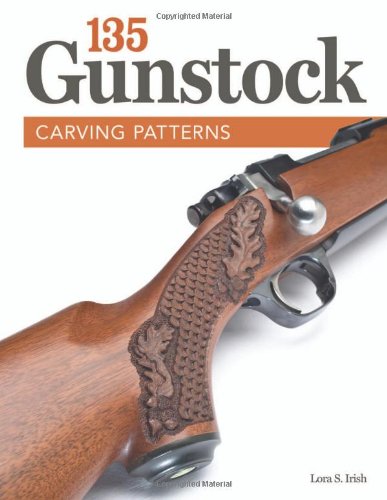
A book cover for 135 Gunstock Carving Patterns; Lora Irish; Crafts, Hobbies & Home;